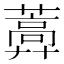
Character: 𦿣